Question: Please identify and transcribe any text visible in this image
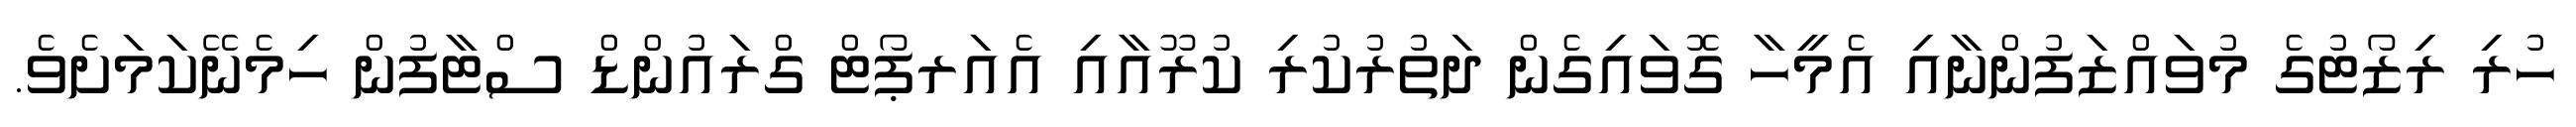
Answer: ހުރި ރިޒޯޓުގެ މުވައްޒަފުންނާއި އެމީހާ ގޮވައިގެން ދަތުރުކުރި ކުރޫއާއި އެއަރޕޯޓް ގްރައުންޑް ސްޓާފުން ހިމެނޭކަމަށެވެ.